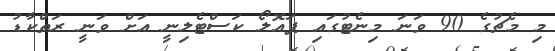
މި މެޗުގެ 90 ވަނަ މިނެޓުގައި ޕައޮލޯ ކަސްޓެލިނީ އަށް ވަނީ ރަތްކާޑު